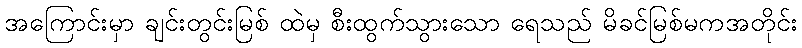
အကြောင်းမှာ ချင်းတွင်းမြစ် ထဲမှ စီးထွက်သွားသော ရေသည် မိခင်မြစ်မကအတိုင်း